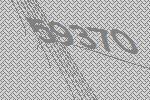
59370